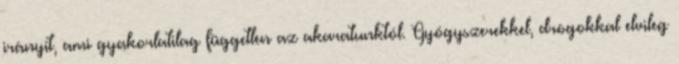
irányít, ami gyakorlatilag független az akaratunktól. Gyógyszerekkel, drogokkal elvileg